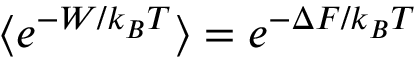
\langle e ^ { - W / k _ { B } T } \rangle = e ^ { - \Delta F / k _ { B } T }